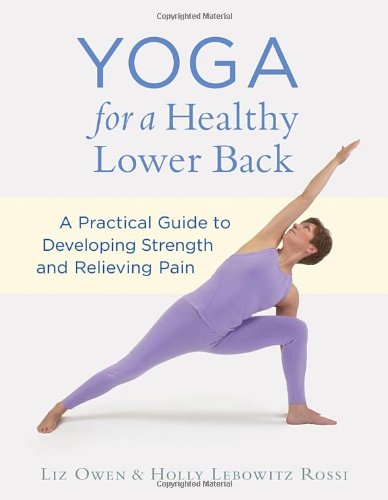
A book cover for Yoga for a Healthy Lower Back: A Practical Guide to Developing Strength and Relieving Pain; Liz Owen; Health, Fitness & Dieting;